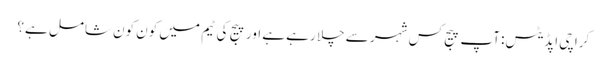
کراچی اپڈیٹس: آپ پیج کس شہر سے چلا رہے ہے اور پیج کی ٹیم میں کون کون شامل ہے؟